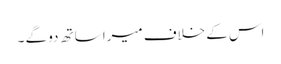
اس کے خلاف میرا ساتھ دو گے ۔